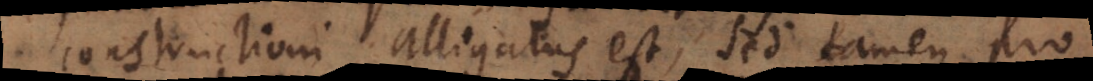
constructioni alligatus est, sed tamen pro